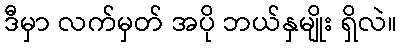
ဒီမှာ လက်မှတ် အပို ဘယ်နှမျိုး ရှိလဲ။